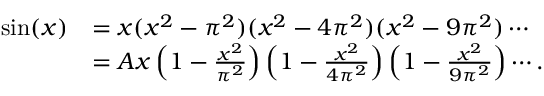
{ \begin{array} { r l } { \sin ( x ) } & { = x ( x ^ { 2 } - \pi ^ { 2 } ) ( x ^ { 2 } - 4 \pi ^ { 2 } ) ( x ^ { 2 } - 9 \pi ^ { 2 } ) \cdots } \\ & { = A x \left( 1 - { \frac { x ^ { 2 } } { \pi ^ { 2 } } } \right) \left( 1 - { \frac { x ^ { 2 } } { 4 \pi ^ { 2 } } } \right) \left( 1 - { \frac { x ^ { 2 } } { 9 \pi ^ { 2 } } } \right) \cdots . } \end{array} }